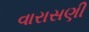
વારાસણી